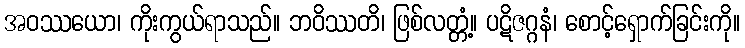
အဝဿယော၊ ကိုးကွယ်ရာသည်။ ဘဝိဿတိ၊ ဖြစ်လတ္တံ့။ ပဋိဇဂ္ဂနံ၊ စောင့်ရှောက်ခြင်းကို။